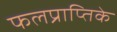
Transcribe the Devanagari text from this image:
फलप्राप्तिके